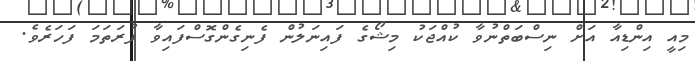
މިއީ އިންޑިއާ އަށް ނިސްބަތްނުވާ ކުއްޖަކު މިޝޯގެ ފައިނަލުން ފެނިގެންގޮސްފައިވާ ފުރަތަމަ ފަހަރެވެ.